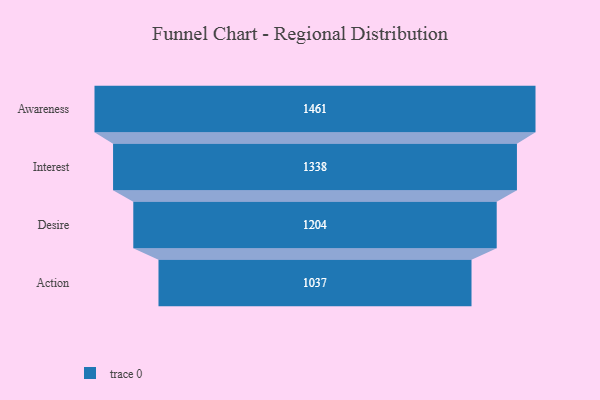
{"axis": {"x": "Stage", "y": "Value"}, "legend": [""], "data": [{"x": "Awareness", "y": 1461.0, "type": ""}, {"x": "Interest", "y": 1338.0, "type": ""}, {"x": "Desire", "y": 1204.0, "type": ""}, {"x": "Action", "y": 1037.0, "type": ""}]}